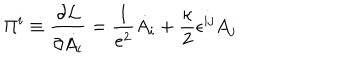
\Pi ^ { i } \equiv { \frac { \partial { \cal L } } { \partial \dot { A _ { i } } } } = \frac { 1 } { e ^ { 2 } } \dot { A } _ { i } + \frac { \kappa } { 2 } \epsilon ^ { i j } A _ { j }